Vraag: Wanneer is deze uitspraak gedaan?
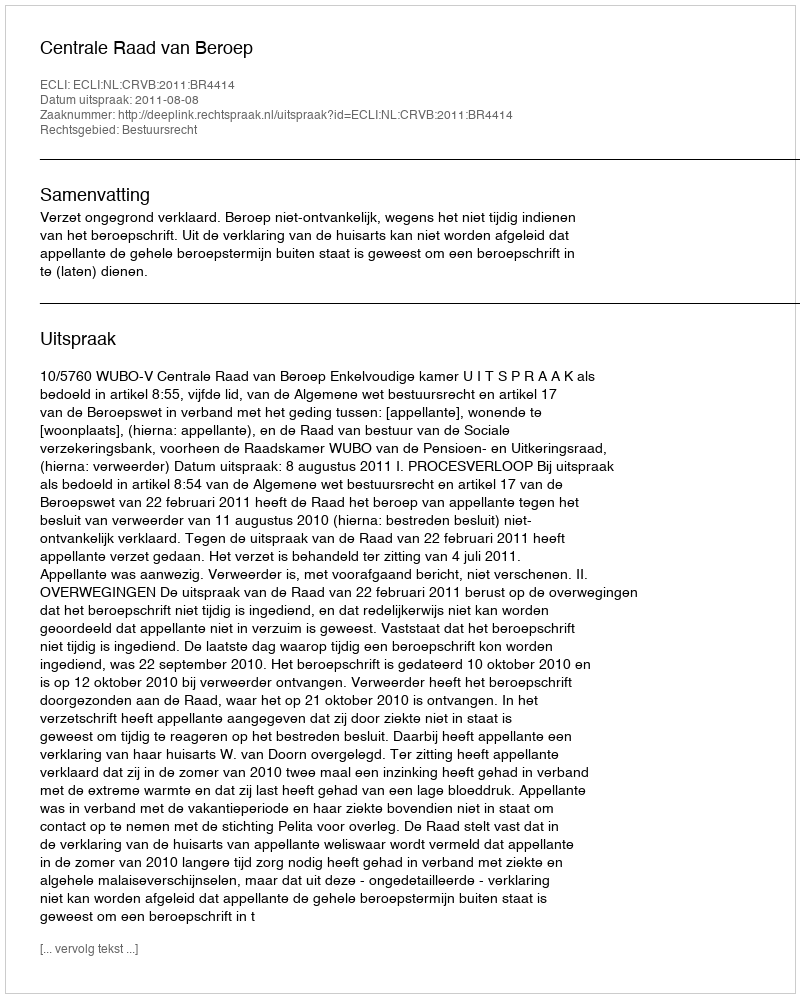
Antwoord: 2011-08-08